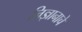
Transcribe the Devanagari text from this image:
निज्ञानाचे